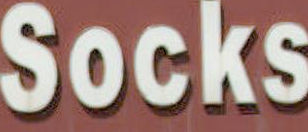
Socks